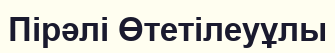
Пірәлі Өтетілеуұлы